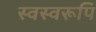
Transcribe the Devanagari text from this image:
स्वस्वरूपिं